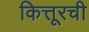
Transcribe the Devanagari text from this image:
कित्तूरची